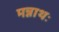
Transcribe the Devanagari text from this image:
मन्नाथः